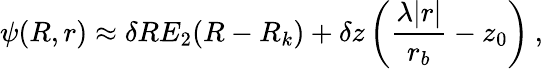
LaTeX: \psi(R,r)\approx\delta RE_{2}(R-R_{k})+\delta z\left(\frac{\lambda|r|}{r_{b}}-z_{0}\right)\: ,